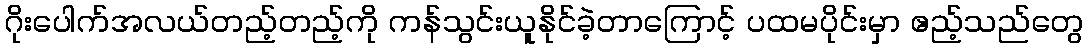
ဂိုးပေါက်အလယ်တည့်တည့်ကို ကန်သွင်းယူနိုင်ခဲ့တာကြောင့် ပထမပိုင်းမှာ ဧည့်သည်တွေ